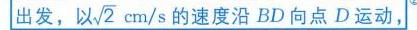
出发，以\(\sqrt{2}\text{ cm/s}\)的速度沿 \(BD\) 向点 \(D\) 运动，